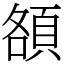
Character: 頟